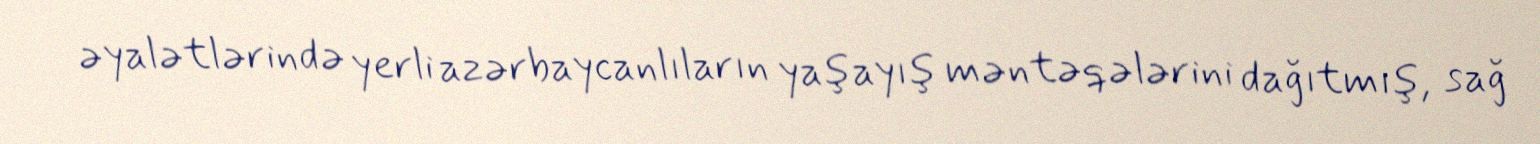
əyalətlərində yerli azərbaycanlıların yaşayış məntəqələrini dağıtmış, sağ